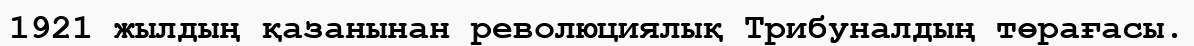
1921 жылдың қазанынан революциялық Трибуналдың төрағасы.